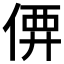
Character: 𠊼